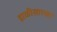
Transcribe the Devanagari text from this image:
डाळीसारखा